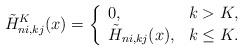
LaTeX: \begin{gather*}\tilde H^K_{ni, kj}(x) = \left\{\begin{array}{ll} 0, & k > K,\\ \tilde H_{ni, kj}(x), & k \le K.\\ \end{array}\right.\end{gather*}